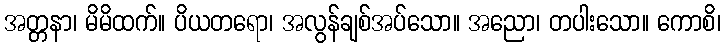
အတ္တနာ၊ မိမိထက်။ ပိယတရော၊ အလွန်ချစ်အပ်သော။ အညော၊ တပါးသော။ ကောစိ၊